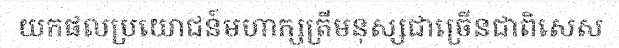
យកផលប្រយោជន៍មហាក្សត្រីមនុស្សជាច្រើនជាពិសេស